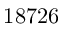
1 8 7 2 6